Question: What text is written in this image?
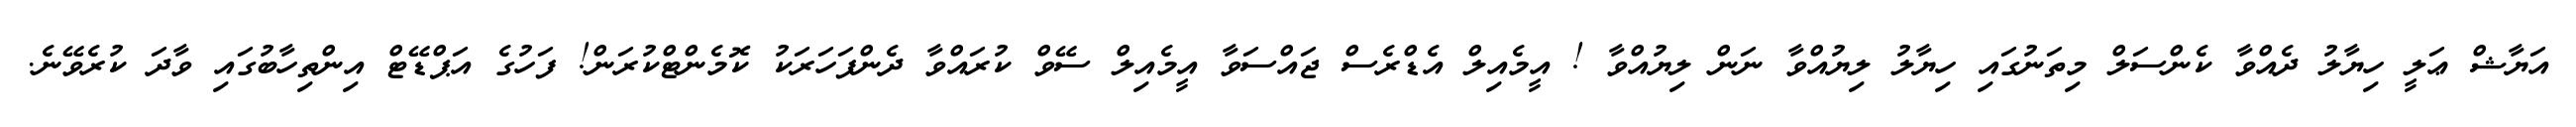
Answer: އަޔާޝް ޢަލީ ހިޔާލު ދެއްވާ ކެންސަލް މިތަނުގައި ހިޔާލު ލިޔުއްވާ ނަން ލިޔުއްވާ ! އީމެއިލް އެޑްރެސް ޖައްސަވާ އީމެއިލް ސޭވް ކުރައްވާ ދެންފަހަރަކު ކޮމެންޓްކުރަން! ފަހުގެ އަޕްޑޭޓް އިންތިހާބުގައި ވާދަ ކުރެވޭނެ.